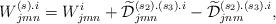
LaTeX: \begin{align*} W{}^{(s).i}_{jmn}=W^i_{jmn} +\widetilde{\mathcal D}{}^{(s_2).(s_3).i}_{jmn}- \widetilde{\mathcal D}{}^{(s_2).(s_3).i}_{jnm}, \end{align*}